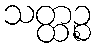
သတ္ထဉ္စ